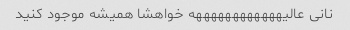
نانی عالیههههههههههههه خواهشا همیشه موجود کنید